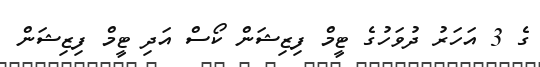
ގެ 3 އަހަރު ދުވަހުގެ ޓީމް ފިޒިޝަން ކޯސް އަދި ޓީމް ފިޒިޝަން